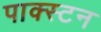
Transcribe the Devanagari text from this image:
पाक्स्टन